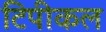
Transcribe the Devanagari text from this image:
टिपीकल